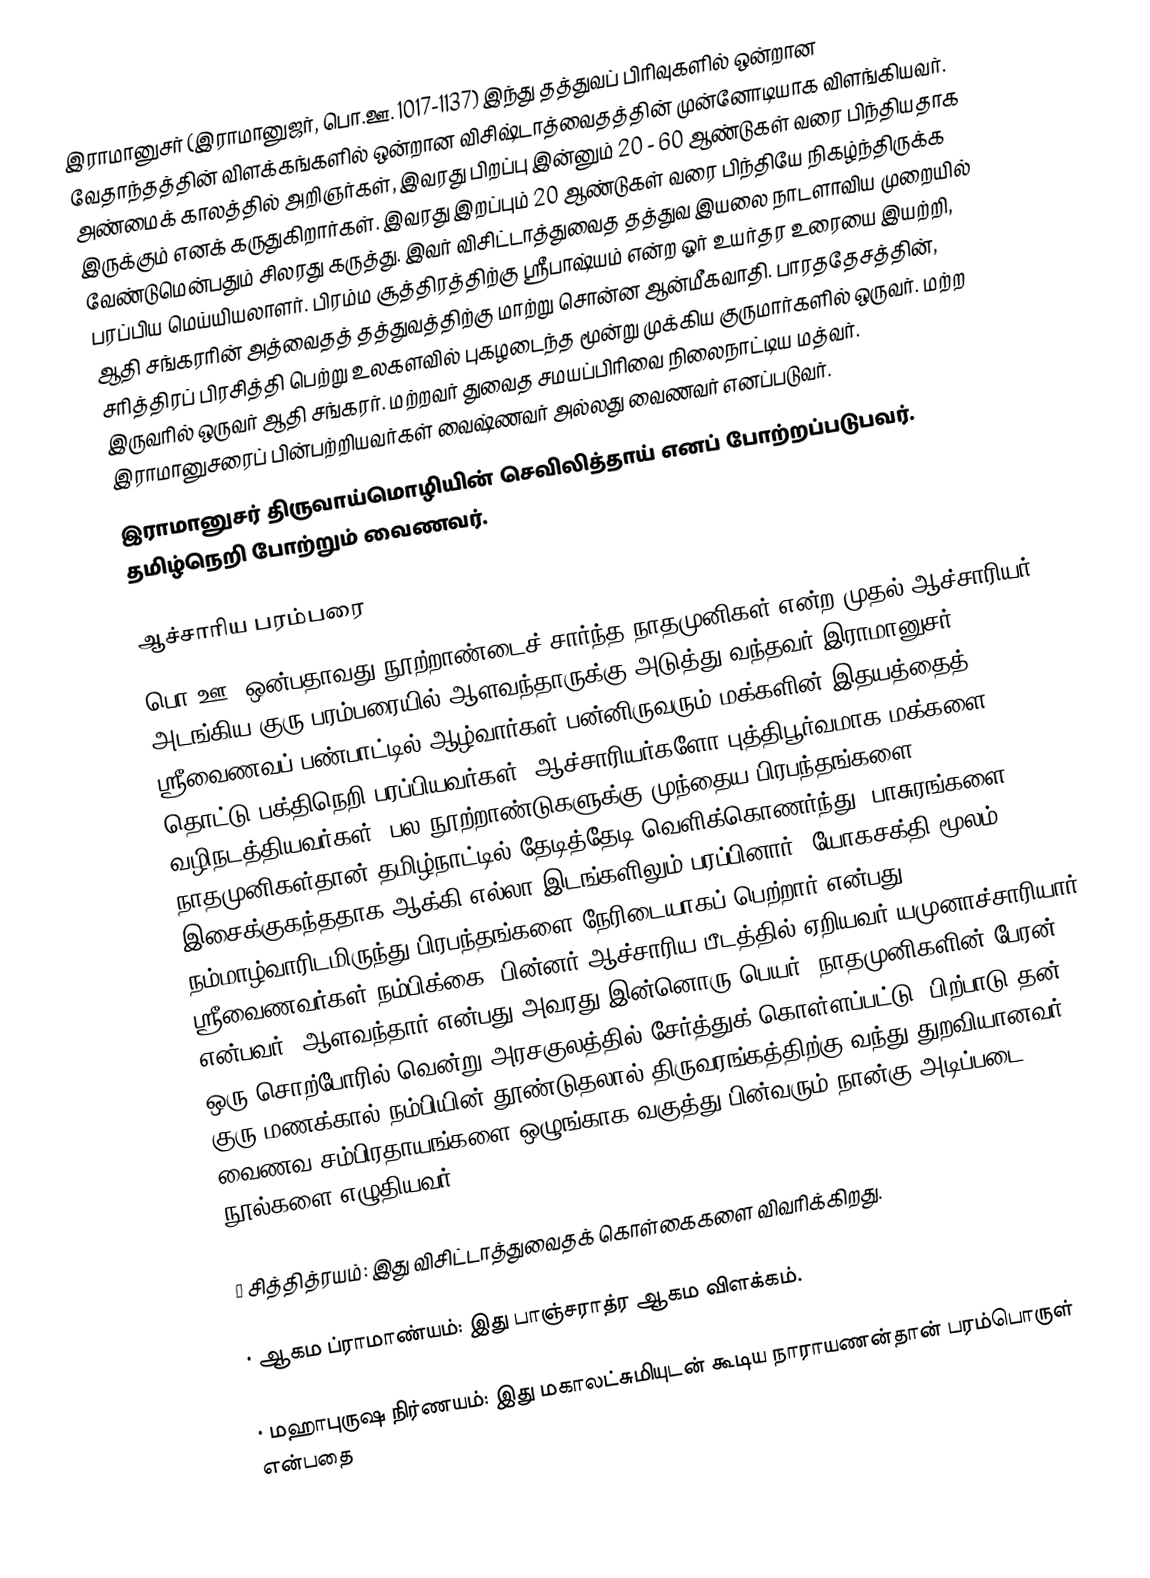
இராமானுசர் (இராமானுஜர், பொ.ஊ. 1017-1137)  இந்து தத்துவப் பிரிவுகளில் ஒன்றான வேதாந்தத்தின் விளக்கங்களில் ஒன்றான விசிஷ்டாத்வைதத்தின் முன்னோடியாக விளங்கியவர். அண்மைக் காலத்தில் அறிஞர்கள், இவரது பிறப்பு இன்னும் 20 - 60 ஆண்டுகள் வரை பிந்தியதாக இருக்கும் எனக் கருதுகிறார்கள். இவரது இறப்பும் 20 ஆண்டுகள் வரை பிந்தியே நிகழ்ந்திருக்க வேண்டுமென்பதும் சிலரது கருத்து. இவர் விசிட்டாத்துவைத தத்துவ இயலை நாடளாவிய முறையில் பரப்பிய மெய்யியலாளர். பிரம்ம சூத்திரத்திற்கு ஸ்ரீபாஷ்யம் என்ற ஓர் உயர்தர உரையை இயற்றி, ஆதி சங்கரரின் அத்வைதத் தத்துவத்திற்கு மாற்று சொன்ன ஆன்மீகவாதி. பாரததேசத்தின், சரித்திரப் பிரசித்தி பெற்று உலகளவில் புகழடைந்த மூன்று முக்கிய குருமார்களில் ஒருவர். மற்ற இருவரில் ஒருவர் ஆதி சங்கரர். மற்றவர் துவைத சமயப்பிரிவை நிலைநாட்டிய மத்வர். இராமானுசரைப் பின்பற்றியவர்கள் வைஷ்ணவர் அல்லது வைணவர் எனப்படுவர்.
 இராமானுசர் திருவாய்மொழியின் செவிலித்தாய் எனப் போற்றப்படுபவர். தமிழ்நெறி போற்றும் வைணவர்.

ஆச்சாரிய பரம்பரை
பொ.ஊ. ஒன்பதாவது நூற்றாண்டைச் சார்ந்த நாதமுனிகள் என்ற முதல் ஆச்சாரியர் அடங்கிய குரு பரம்பரையில்  ஆளவந்தாருக்கு அடுத்து வந்தவர் இராமானுசர். ஸ்ரீவைணவப் பண்பாட்டில் ஆழ்வார்கள் பன்னிருவரும் மக்களின் இதயத்தைத் தொட்டு பக்திநெறி பரப்பியவர்கள். ஆச்சாரியர்களோ புத்திபூர்வமாக மக்களை வழிநடத்தியவர்கள். பல நூற்றாண்டுகளுக்கு முந்தைய பிரபந்தங்களை நாதமுனிகள்தான் தமிழ்நாட்டில் தேடித்தேடி வெளிக்கொணர்ந்து, பாசுரங்களை இசைக்குகந்ததாக ஆக்கி எல்லா இடங்களிலும் பரப்பினார். யோகசக்தி மூலம் நம்மாழ்வாரிடமிருந்து பிரபந்தங்களை நேரிடையாகப் பெற்றார் என்பது ஸ்ரீவைணவர்கள் நம்பிக்கை. பின்னர் ஆச்சாரிய பீடத்தில் ஏறியவர் யமுனாச்சாரியார் என்பவர். ஆளவந்தார் என்பது அவரது இன்னொரு பெயர். நாதமுனிகளின் பேரன் ஒரு சொற்போரில் வென்று அரசகுலத்தில் சேர்த்துக் கொள்ளப்பட்டு, பிற்பாடு தன் குரு  மணக்கால் நம்பியின் தூண்டுதலால் திருவரங்கத்திற்கு வந்து துறவியானவர். வைணவ சம்பிரதாயங்களை ஒழுங்காக வகுத்து பின்வரும் நான்கு அடிப்படை நூல்களை எழுதியவர்.

• சித்தித்ரயம்: இது விசிட்டாத்துவைதக் கொள்கைகளை விவரிக்கிறது.

• ஆகம ப்ராமாண்யம்: இது பாஞ்சராத்ர ஆகம விளக்கம்.

• மஹாபுருஷ நிர்ணயம்: இது மகாலட்சுமியுடன் கூடிய நாராயணன்தான் பரம்பொருள் என்பதை